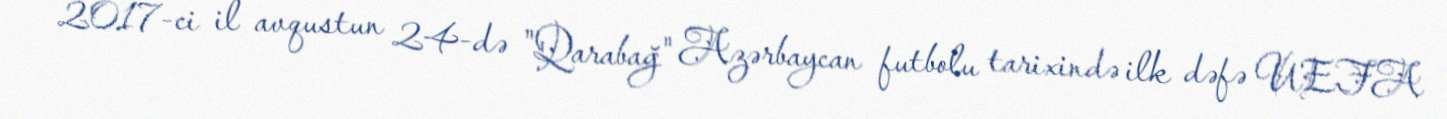
2017-ci il avqustun 24-də "Qarabağ" Azərbaycan futbolu tarixində ilk dəfə UEFA